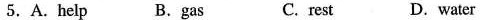
5.A.Help B.Gas C.rest D.Water